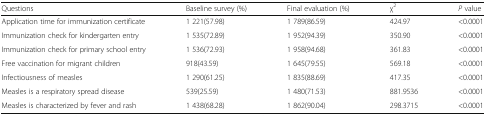
<table><thead><tr><td><b>Questions</b></td><td><b>Baseline survey (%)</b></td><td><b>Final evaluation (%)</b></td><td><b>χ<sup>2</sup></b></td><td><b><i>P</i> value</b></td></tr></thead><tbody><tr><td>Application time for immunization certificate</td><td>1 221(57.98)</td><td>1 789(86.59)</td><td>424.97</td><td>&lt;0.0001</td></tr><tr><td>Immunization check for kindergarten entry</td><td>1 535(72.89)</td><td>1 952(94.39)</td><td>350.90</td><td>&lt;0.0001</td></tr><tr><td>Immunization check for primary school entry</td><td>1 536(72.93)</td><td>1 958(94.68)</td><td>361.83</td><td>&lt;0.0001</td></tr><tr><td>Free vaccination for migrant children</td><td>918(43.59)</td><td>1 645(79.55)</td><td>569.18</td><td>&lt;0.0001</td></tr><tr><td>Infectiousness of measles</td><td>1 290(61.25)</td><td>1 835(88.69)</td><td>417.35</td><td>&lt;0.0001</td></tr><tr><td>Measles is a respiratory spread disease</td><td>539(25.59)</td><td>1 480(71.53)</td><td>881.9536</td><td>&lt;0.0001</td></tr><tr><td>Measles is characterized by fever and rash</td><td>1 438(68.28)</td><td>1 862(90.04)</td><td>298.3715</td><td>&lt;0.0001</td></tr></tbody></table>